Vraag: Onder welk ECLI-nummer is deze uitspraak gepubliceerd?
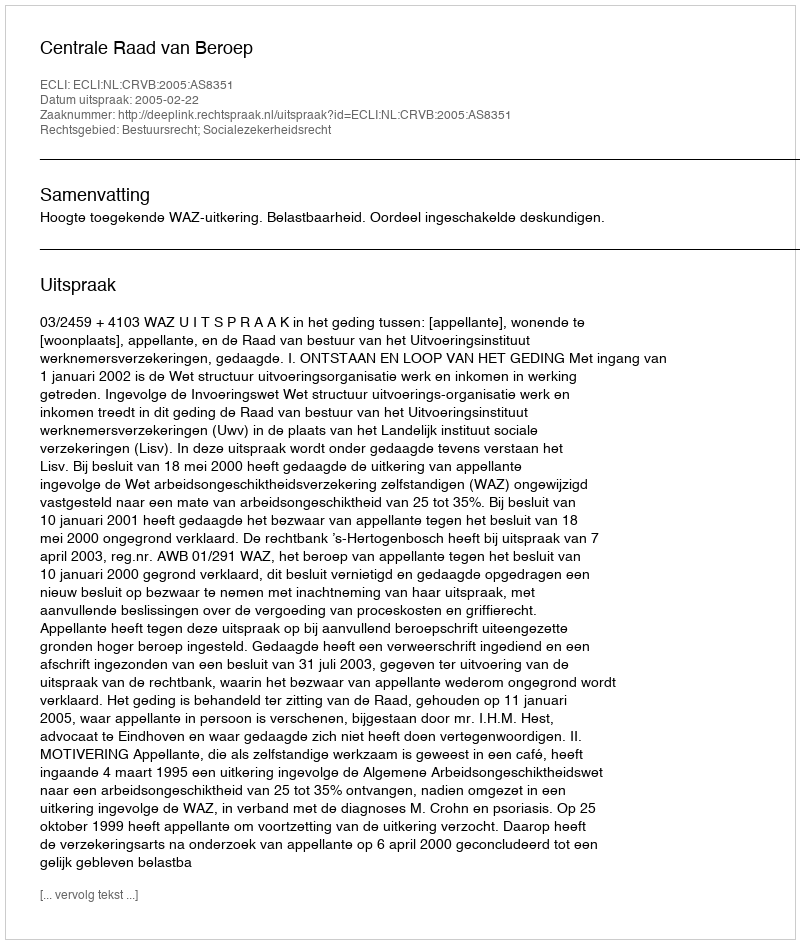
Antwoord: ECLI:NL:CRVB:2005:AS8351